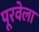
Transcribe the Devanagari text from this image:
पूरवेला